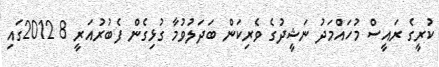
ކުރީގެ ރައީސް މުހައްމަދު ނަޝީދުގެ ވެރިކަން ބަދަލުވުމާ ގުޅިގެން ފެބުރުއަރީ 8 2012ގައި